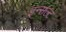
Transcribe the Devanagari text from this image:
इन्सल्ट